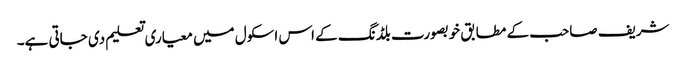
شریف صاحب کے مطابق خوبصورت بلڈنگ کے اس اسکول میں معیاری تعلیم دی جاتی ہے۔